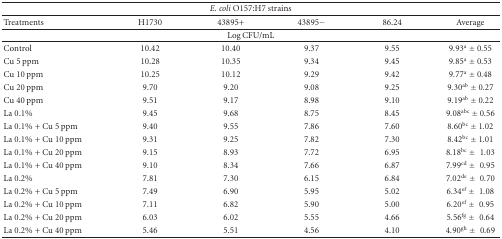
<table><thead><tr><td colspan="6"><b><i>E. coli</i> O157:H7 strains</b></td></tr><tr><td><b>Treatments</b></td><td><b>H1730</b></td><td><b>43895+</b></td><td><b>43895−</b></td><td><b>86.24</b></td><td><b>Average</b></td></tr><tr><td colspan="6"><b>Log CFU/mL</b></td></tr></thead><tbody><tr><td>Control</td><td>10.42</td><td>10.40</td><td>9.37</td><td>9.55</td><td>9.93<sup>a</sup> ± 0.55</td></tr><tr><td>Cu 5 ppm</td><td>10.28</td><td>10.35</td><td>9.34</td><td>9.45</td><td>9.85<sup>a</sup> ± 0.53</td></tr><tr><td>Cu 10 ppm</td><td>10.25</td><td>10.12</td><td>9.29</td><td>9.42</td><td>9.77<sup>a</sup> ± 0.48</td></tr><tr><td>Cu 20 ppm</td><td>9.70</td><td>9.20</td><td>9.08</td><td>9.25</td><td>9.30<sup>ab</sup> ± 0.27</td></tr><tr><td>Cu 40 ppm</td><td>9.51</td><td>9.17</td><td>8.98</td><td>9.10</td><td>9.19<sup>ab</sup> ± 0.22</td></tr><tr><td>La 0.1%</td><td>9.45</td><td>9.68</td><td>8.75</td><td>8.45</td><td>9.08<sup>abc</sup> ± 0.56</td></tr><tr><td>La 0.1% + Cu 5 ppm</td><td>9.40</td><td>9.55</td><td>7.86</td><td>7.60</td><td>8.60<sup>bc</sup> ± 1.02</td></tr><tr><td>La 0.1% + Cu 10 ppm</td><td>9.31</td><td>9.25</td><td>7.82</td><td>7.30</td><td>8.42<sup>bc</sup> ± 1.01</td></tr><tr><td>La 0.1% + Cu 20 ppm</td><td>9.15</td><td>8.93</td><td>7.72</td><td>6.95</td><td>8.18<sup>bc</sup> ± 1.03</td></tr><tr><td>La 0.1% + Cu 40 ppm</td><td>9.10</td><td>8.34</td><td>7.66</td><td>6.87</td><td>7.99<sup>cd</sup> ± 0.95</td></tr><tr><td>La 0.2%</td><td>7.81</td><td>7.30</td><td>6.15</td><td>6.84</td><td>7.02<sup>de</sup> ± 0.70</td></tr><tr><td>La 0.2% + Cu 5 ppm</td><td>7.49</td><td>6.90</td><td>5.95</td><td>5.02</td><td>6.34<sup>ef</sup> ± 1.08</td></tr><tr><td>La 0.2% + Cu 10 ppm</td><td>7.11</td><td>6.82</td><td>5.90</td><td>5.00</td><td>6.20<sup>ef</sup> ± 0.95</td></tr><tr><td>La 0.2% + Cu 20 ppm</td><td>6.03</td><td>6.02</td><td>5.55</td><td>4.66</td><td>5.56<sup>fg</sup> ± 0.64</td></tr><tr><td>La 0.2% + Cu 40 ppm</td><td>5.46</td><td>5.51</td><td>4.56</td><td>4.10</td><td>4.90<sup>gh</sup> ± 0.69</td></tr></tbody></table>